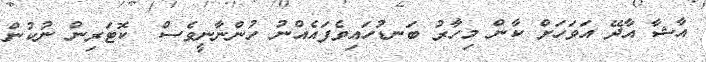
އާޝާ އާދޭ އަވަހަށް ކާން މިހާރު ބަނޑުހައިވެފައެއްނު ހުންނާނީވެސް  ކޮޓަރިން ނުކުން